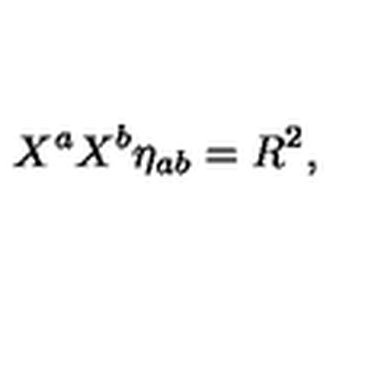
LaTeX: X ^ { a } X ^ { b } \eta _ { a b } = R ^ { 2 } ,